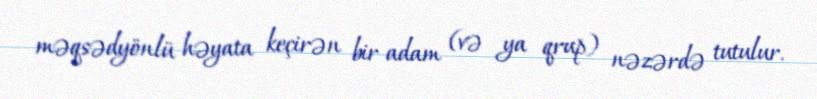
məqsədyönlü həyata keçirən bir adam (və ya qrup) nəzərdə tutulur.